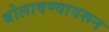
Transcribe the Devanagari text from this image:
बोलावण्यावरून